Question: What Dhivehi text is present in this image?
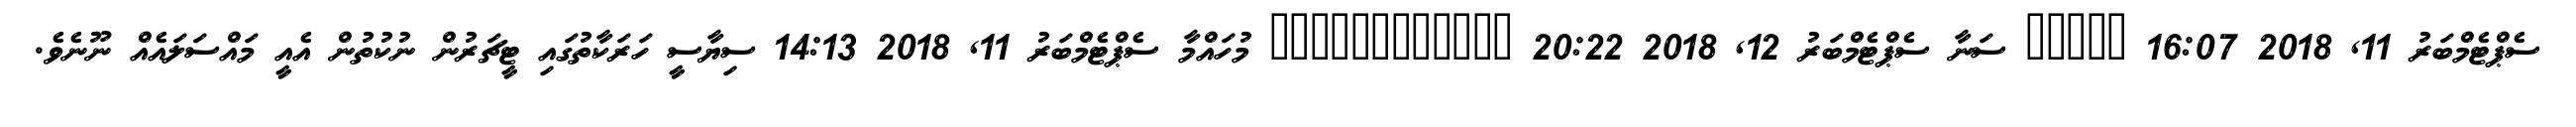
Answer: ސެޕްޓެމްބަރު 11, 2018 16:07 ????? ސަނާ ސެޕްޓެމްބަރު 12, 2018 20:22 ???????????? މުހައްމާ ސެޕްޓެމްބަރު 11, 2018 14:13 ސިޔާސީ ހަރަކާތުގައި ޓީޗަރުން ނުކުތުން އެއީ މައްސަލައެއް ނޫނެވެ.